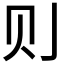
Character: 𮷌